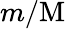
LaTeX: m/\mathrm{M}